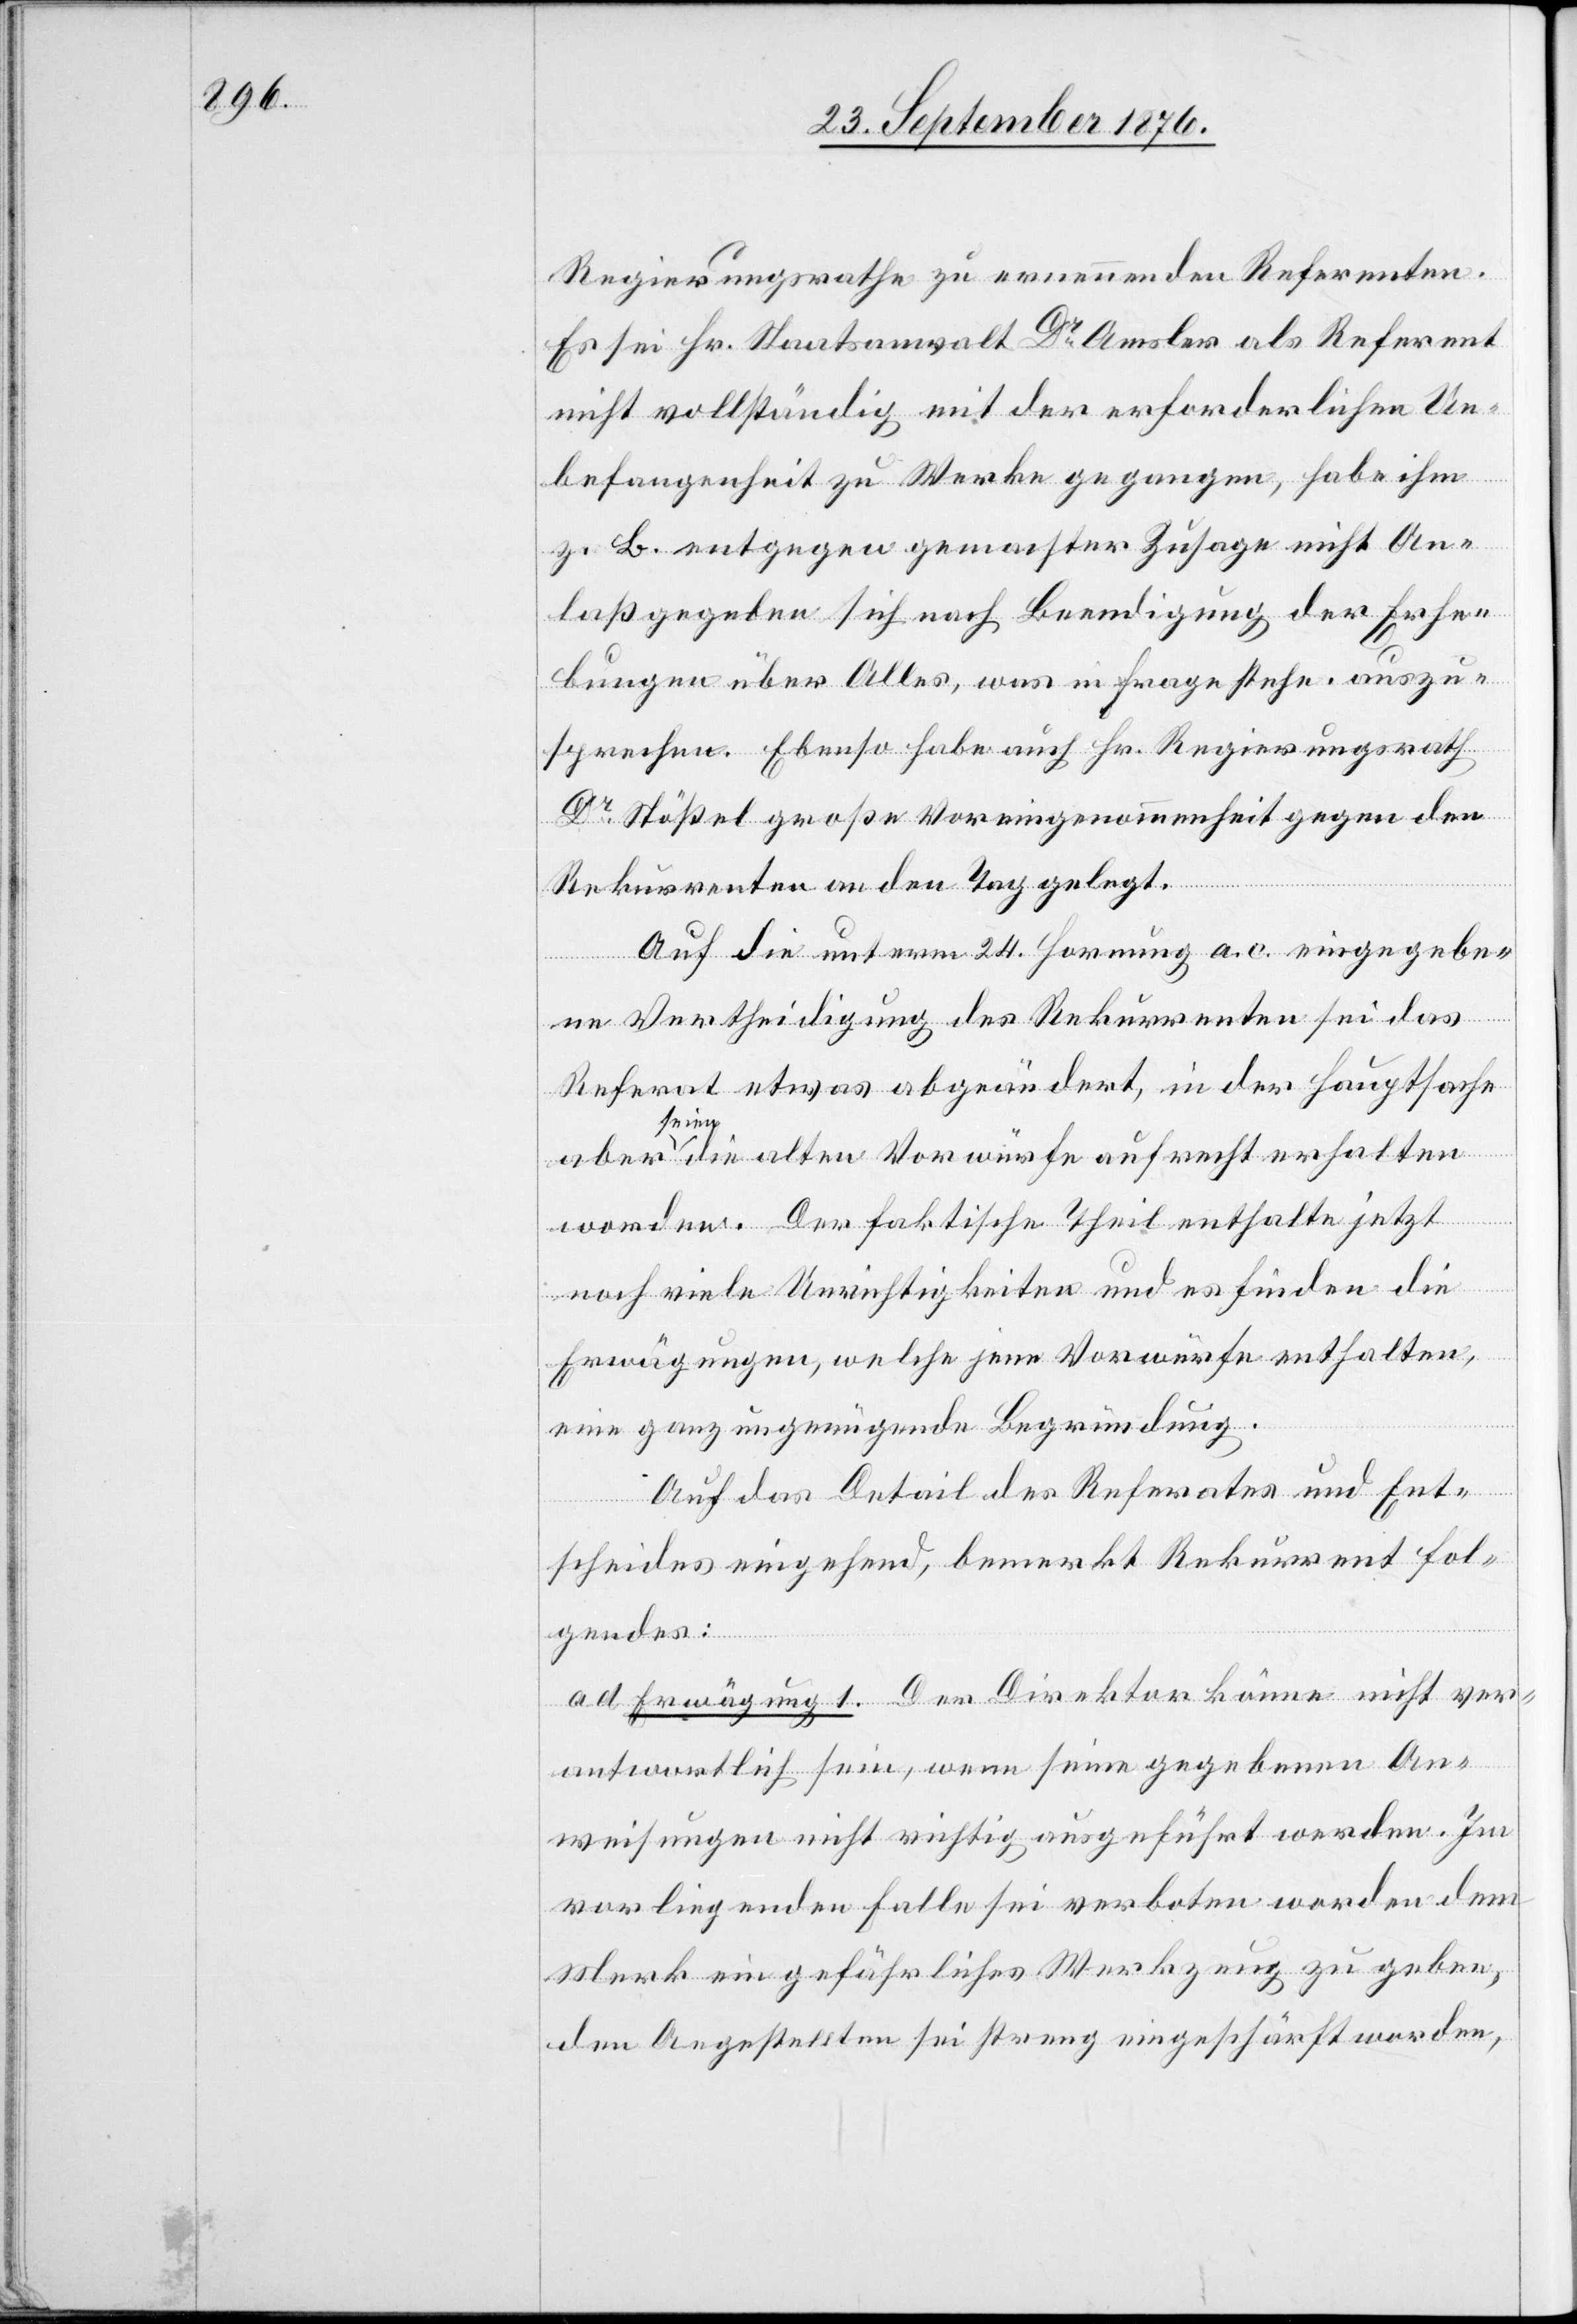
Regierungsrathe zu ernennenden Referenten.
Es sei Hr. Staatsanwalt Dr Amsler als Referent
nicht vollständig mit der erforderlichen Un¬
befangenheit zu Werke gegangen, habe ihm
z. B. entgegen gemachter Zusage nicht An¬
laß gegeben sich nach Beendigung der Erhe¬
bungen über Alles, was in Frage stehe, auszu¬
sprechen. Ebenso habe auch Hr. Regierungsrath
Dr Stößel große Voreingenommenheit gegen den
Rekurrenten an den Tag gelegt.
Auf die unterm 24. Hornung a. c. eingegebe¬
ne Vertheidigung des Rekurrenten sei das
Referat etwas abgeändert, in der Hauptsache
worden,
a die alten Vorwürfe aufrecht erhalten
sei
worden. Der faktische Teil enthalte jetzt
noch viele Unrichtigkeiten und es finden die
Erwägungen, welche jene Vorwürfe enthalten,
eine ganz ungenügende Begründung.
Auf das Detail des Referates und Ent¬
scheides eingehend, bemerkt der Rekurrent fol¬
gendes:
d. Erwägung 1. Der Direktor könne nicht ver¬
antwortlich sein, wenn seine gegebenen An¬
weisungen nicht richtig ausgeführt werden. Im
vorliegenden Falle sei verboten worden dem
Merk ein gefährliches Werkzeug zu geben,